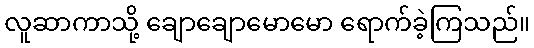
လူဆာကာသို့ ချောချောမောမော ရောက်ခဲ့ကြသည်။